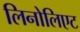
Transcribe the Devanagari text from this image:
लिनोलिएट